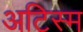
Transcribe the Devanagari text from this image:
अटिस्म